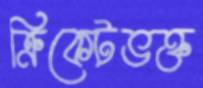
ক্রিকেটভক্ত